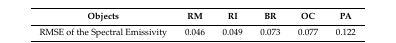
<table><thead><tr><td><b>Objects</b></td><td><b>RM</b></td><td><b>RI</b></td><td><b>BR</b></td><td><b>OC</b></td><td><b>PA</b></td></tr></thead><tbody><tr><td>RMSE of the Spectral Emissivity</td><td>0.046</td><td>0.049</td><td>0.073</td><td>0.077</td><td>0.122</td></tr></tbody></table>